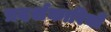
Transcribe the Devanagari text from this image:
प्रदर्शकारियों